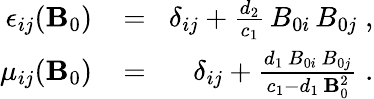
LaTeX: \begin{array}{rlr}{\epsilon_{ij}({\mathbf B}_{0})\! }&{{}=}&{\! \delta_{ij}+\frac{d_{2}}{c_{1}}\, B_{0i}\, B_{0j}\; ,}\\ {\mu_{ij}({\mathbf B}_{0})\! }&{{}=}&{\! \delta_{ij}+\frac{d_{1}\, B_{0i}\, B_{0j}}{c_{1}-d_{1}\, {\mathbf B}_{0}^{2}}\; .}\end{array}